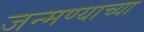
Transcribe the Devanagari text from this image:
जन्मण्याच्या